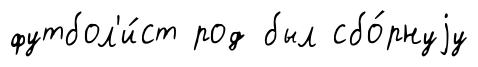
футбол'и́ст род был сбо́рнуjу